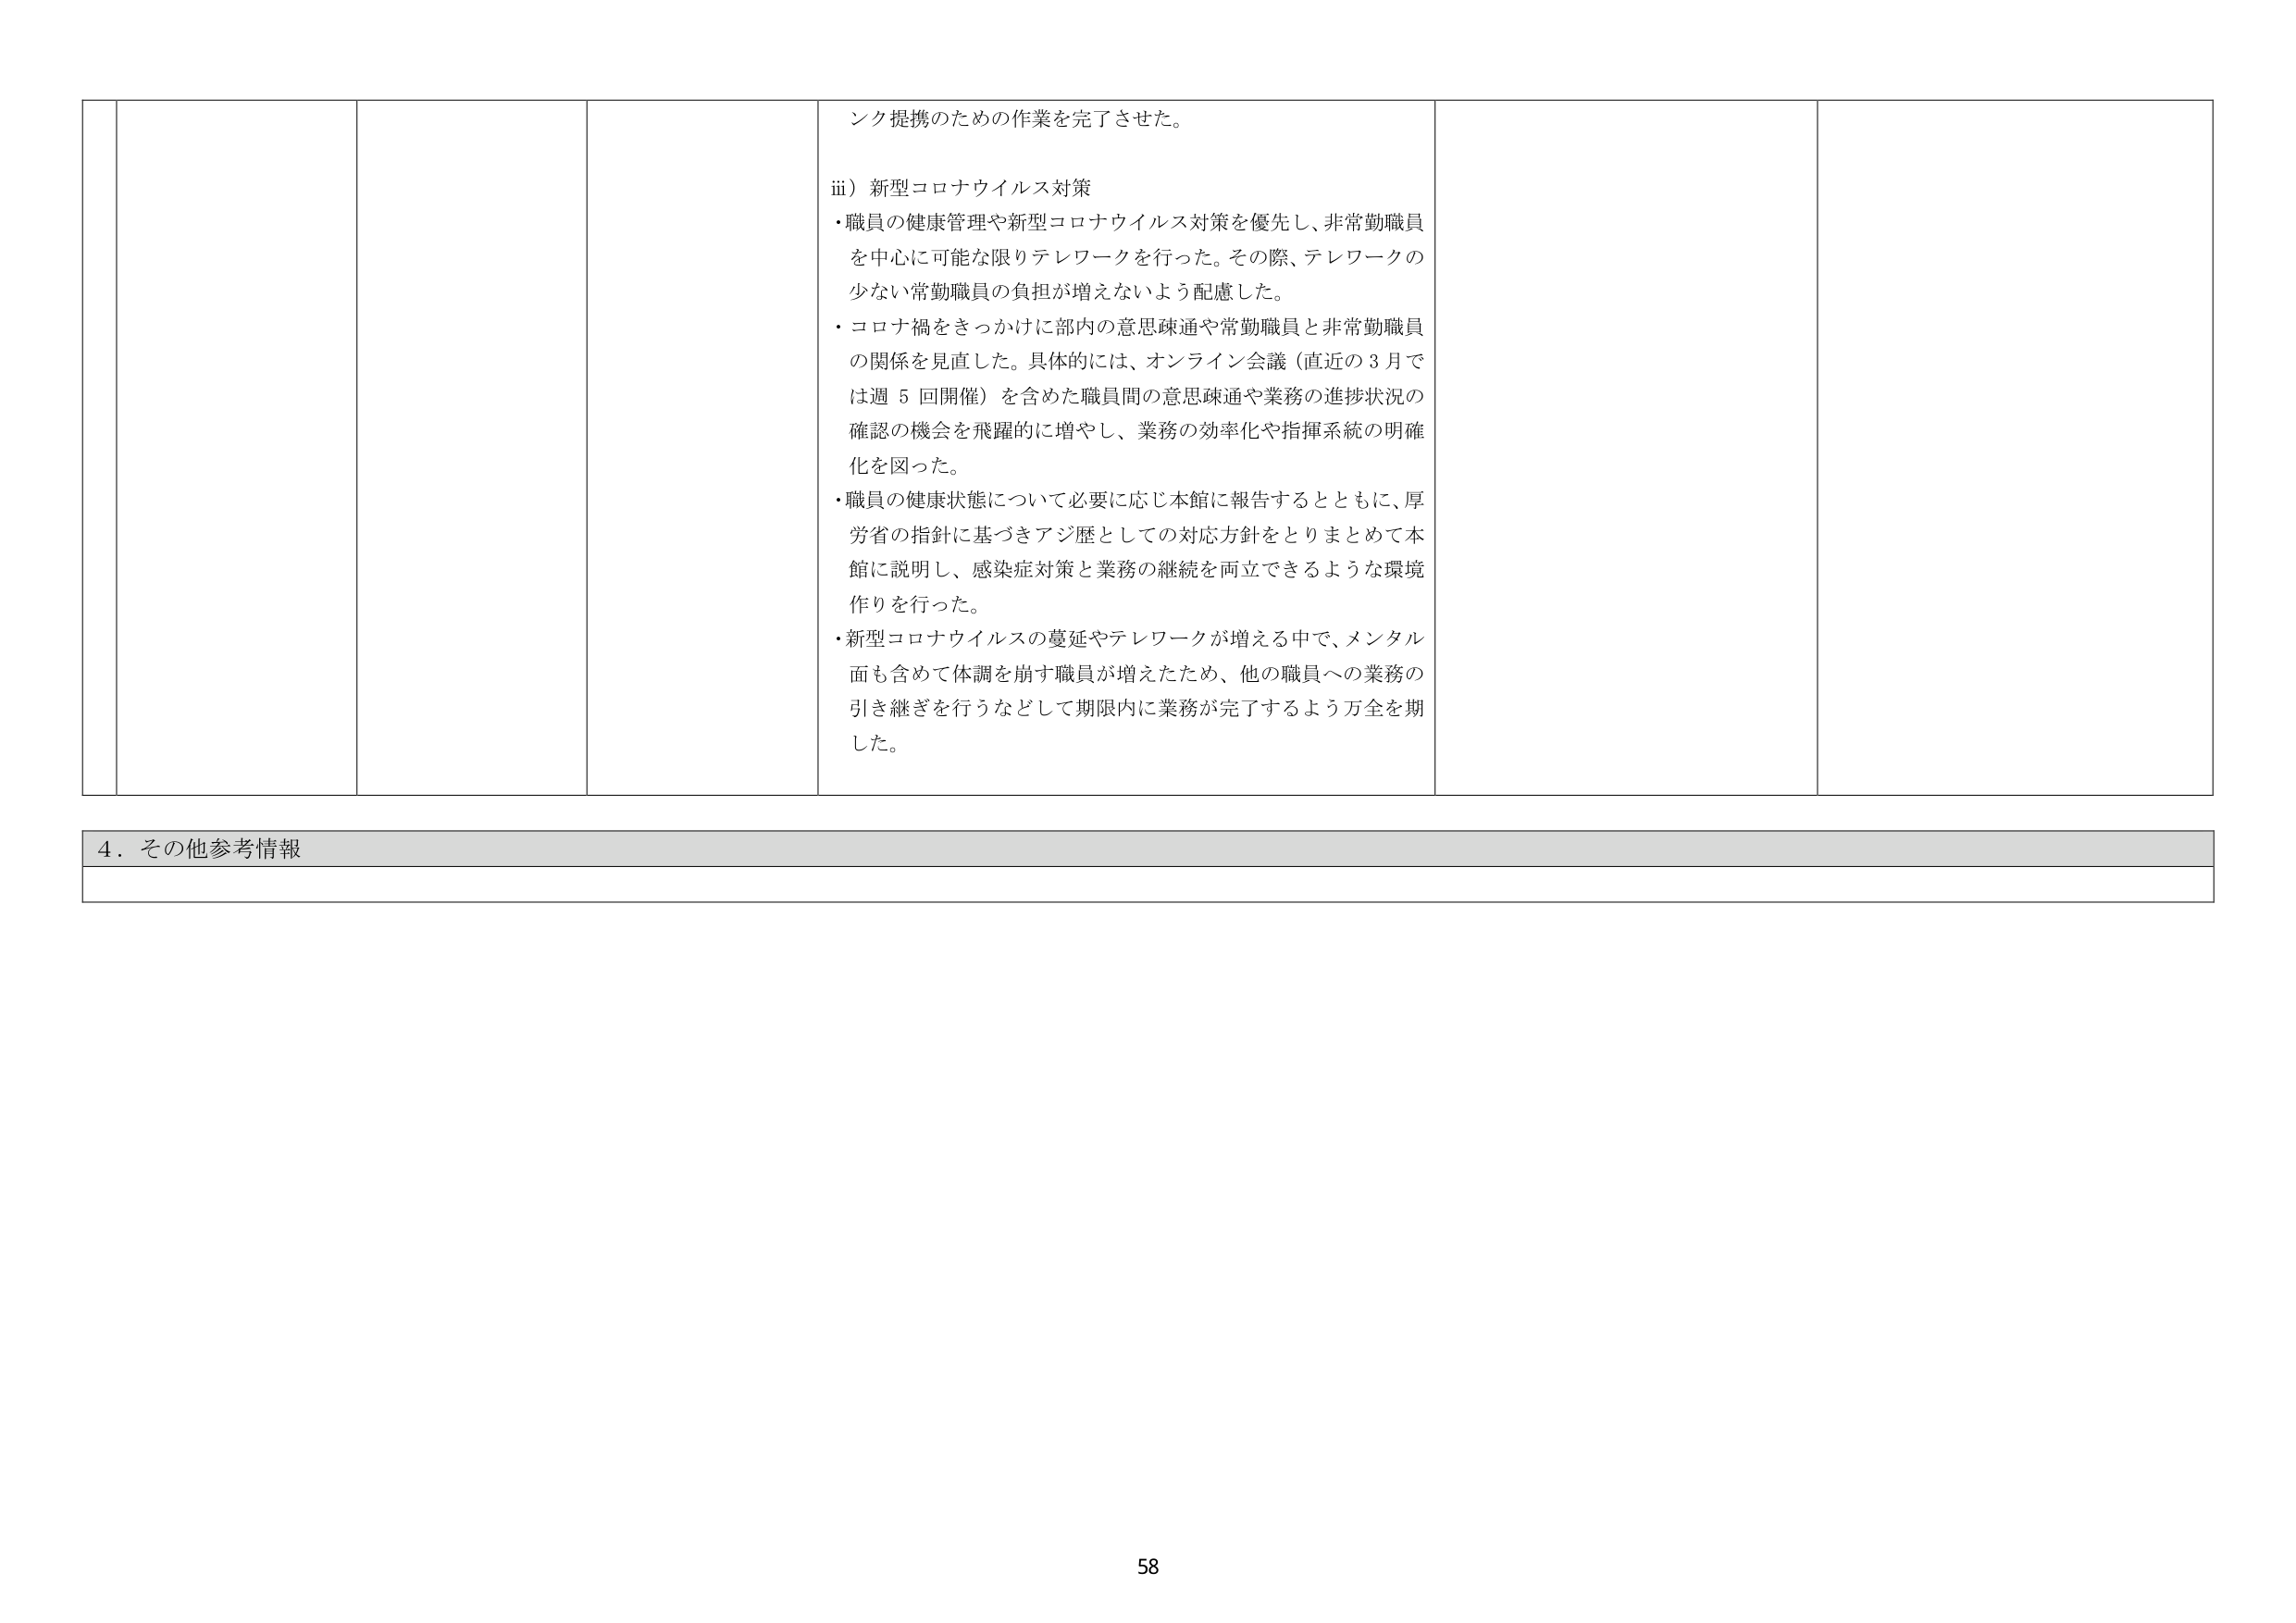
ンク提携のための作業を完了させた。

iii）新型コロナウイルス対策
・職員の健康管理や新型コロナウイルス対策を優先し、非常勤職員を中心に可能な限りテレワークを行った。その際、テレワークの少ない常勤職員の負担が増えないよう配慮した。
・コロナ禍をきっかけに部内の意思疎通や常勤職員と非常勤職員の関係を見直した。具体的には、オンライン会議（直近の3月では週5回開催）を含めた職員間の意思疎通や業務の進捗状況の確認の機会を飛躍的に増やし、業務の効率化や指揮系統の明確化を図った。
・職員の健康状態について必要に応じ本館に報告するとともに、厚労省の指針に基づきアジ歴としての対応方針をとりまとめて本館に説明し、感染症対策と業務の継続を両立できるような環境作りを行った。
・新型コロナウイルスの蔓延やテレワークが増える中で、メンタル面も含めて体調を崩す職員が増えたため、他の職員への業務の引き継ぎを行うなどして期限内に業務が完了するよう万全を期した。

4．その他参考情報

58